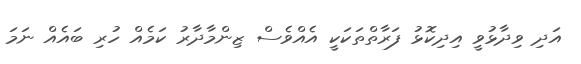
އަދި ވިދާޅުވީ އިދިކޮޅު ފަރާތްތަކަކީ އެއްވެސް ޒިންމާދާރު ކަމެއް ހުރި ބައެއް ނަމަ